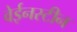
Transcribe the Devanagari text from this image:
वेईनस्टीन